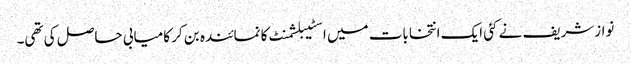
نوازشریف نے کئی ایک انتخابات میں اسٹیبلشمنٹ کا نمائندہ بن کر کامیابی حاصل کی تھی۔